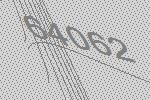
64062